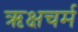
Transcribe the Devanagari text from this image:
ऋक्षचर्म